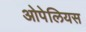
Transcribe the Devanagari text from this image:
ओपेलियस